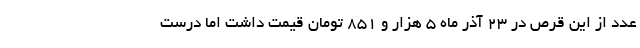
عدد از این قرص در ۲۳ آذر ماه ۵ هزار و ۸۵۱ تومان قیمت داشت اما درست